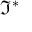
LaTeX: { \mathfrak { I } } ^ { * }